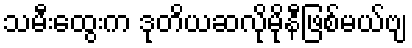
သမီးထွေးက ဒုတိယဆလိုမိုနီဖြစ်မယ်ဗျ